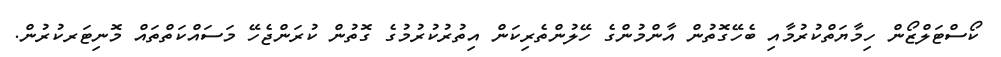
ކޯސްޓަލްޒޯން ހިމާޔަތްކުރުމާއި ބެހޭގޮތުން އާންމުންގެ ހޭލުންތެރިކަން އިތުރުކުރުމުގެ ގޮތުން ކުރަންޖެހޭ މަސައްކަތްތައް މޮނިޓަރކުރުން.